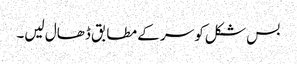
بس شکل کو سر کے مطابق ڈھال لیں۔